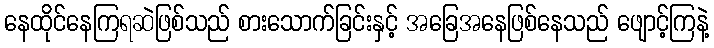
နေထိုင်နေကြရဆဲဖြစ်သည် စားသောက်ခြင်းနှင့် အခြေအနေဖြစ်နေသည် ဖျောင့်ကြနဲ့